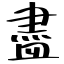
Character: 盡